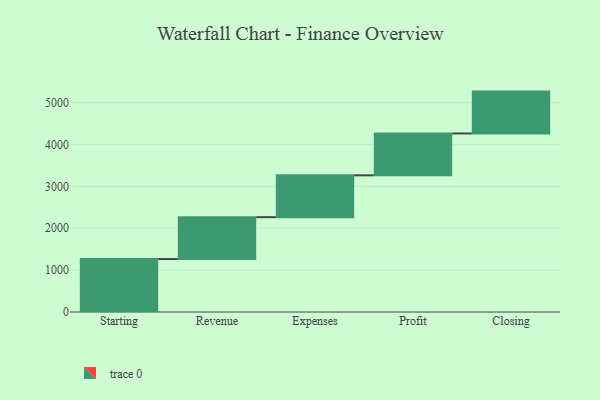
{"axis": {"x": "Step", "y": "Value"}, "legend": [""], "data": [{"x": "Starting", "y": 1265.0, "type": ""}, {"x": "Revenue", "y": 1000, "type": ""}, {"x": "Expenses", "y": 1000, "type": ""}, {"x": "Profit", "y": 1000, "type": ""}, {"x": "Closing", "y": 1000, "type": ""}]}